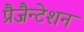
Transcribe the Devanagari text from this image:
प्रैजैन्टेशन